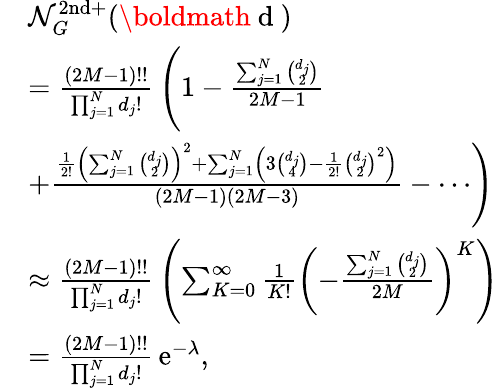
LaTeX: \begin{array}{rl}&{\mathcal{N}_{G}^{\mathrm{2nd+}}(\mathrm{\boldmath~d~})}\\ &{=\frac{(2M-1)!!}{\prod_{j=1}^{N}d_{j}!}\, \Biggl(1-\frac{\sum_{j=1}^{N}\binom{d_{j}}{2}}{2M-1}}\\ &{+\frac{\frac{1}{2!}\left(\sum_{j=1}^{N}\binom{d_{j}}{2}\right)^{2}+\sum_{j=1}^{N}\left(3\binom{d_{j}}{4}-\frac{1}{2!}\binom{d_{j}}{2}^{2}\right)}{(2M-1)(2M-3)}-\cdots\Biggr)}\\ &{\approx\frac{(2M-1)!!}{\prod_{j=1}^{N}d_{j}!}\, \left(\sum_{K=0}^{\infty}\frac{1}{K!}\left(-\frac{\sum_{j=1}^{N}\binom{d_{j}}{2}}{2M}\right)^{K}\right)}\\ &{=\frac{(2M-1)!!}{\prod_{j=1}^{N}d_{j}!}\, \mathrm{e}^{-\lambda},}\end{array}